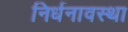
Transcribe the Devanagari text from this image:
निर्धनावस्था